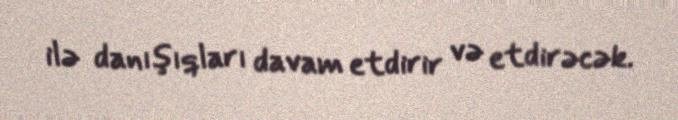
ilə danışıqları davam etdirir və etdirəcək.